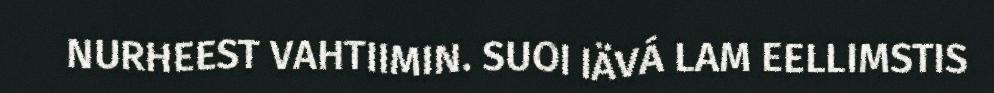
NURHEEST VAHTIIMIN. SUOI IÄVÁ LAM EELLIMSTIS